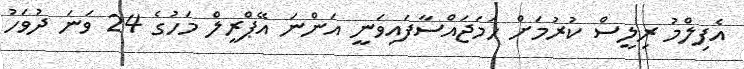
އެފިލްމު ރިލީސް ކުރުމަށް ހަމަޖައްސާފައިވަނީ އަންނަ އޭޕްރީލް މަހުގެ 24 ވަނަ ދުވަހު